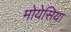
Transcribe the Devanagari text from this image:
मोयेसिया